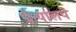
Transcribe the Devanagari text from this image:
चैत्यालये